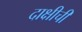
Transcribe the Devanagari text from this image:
दाक्षीची